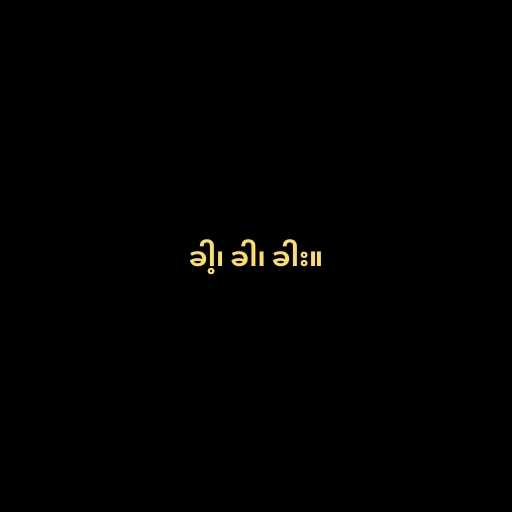
ခါ့၊ ခါ၊ ခါး။